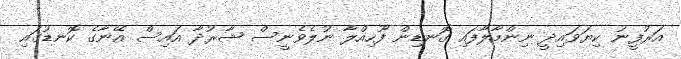
އަރުފީނު ކިޔަވައިދީ ނިންމާލާފައި ގޮނޑިން ފޫހިއްލާ ނުލެވެނީސް ޝާރުދާ އައިސް އޭނާގެ ކޮނޑުގައި